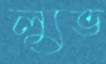
ল্যুভ